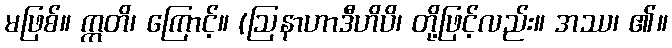
မဖြစ်။ ဣတိ၊ ကြောင့်။ (ဩနာဟာဒီဟိပိ၊ တို့ဖြင့်လည်း။ အဿ၊ ၏။